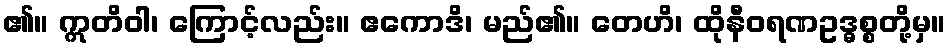
၏။ ဣတိဝါ၊ ကြောင့်လည်း။ ဧကောဒိ၊ မည်၏။ တေဟိ၊ ထိုနီဝရဏဥဒ္ဓစ္စတို့မှ။